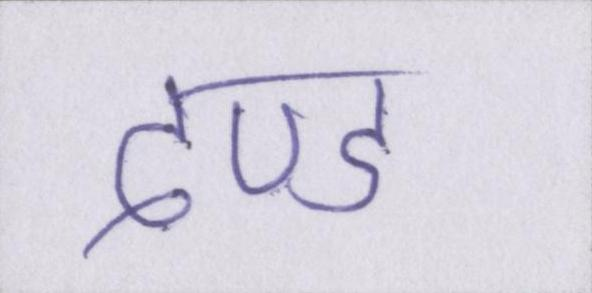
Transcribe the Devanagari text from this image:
दण्ड